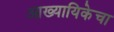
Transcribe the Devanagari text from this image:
आख्यायिकेचा